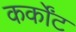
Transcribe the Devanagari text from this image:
कर्कोंट